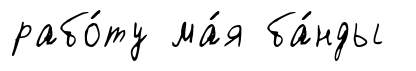
рабо́ту ма́я ба́нды